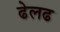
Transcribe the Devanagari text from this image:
ढेलढ